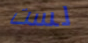
لست